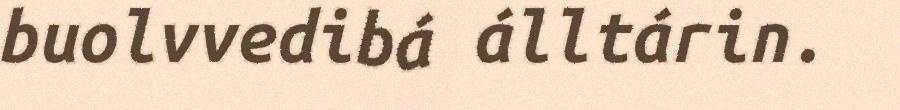
buolvvedibá álltárin.